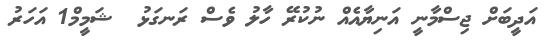
އަދީބަށް ޖިސްމާނީ އަނިޔާއެއް ނުކުރޭ ހާލު ވެސް ރަނގަޅު  ޝަމީމް1 އަހަރު